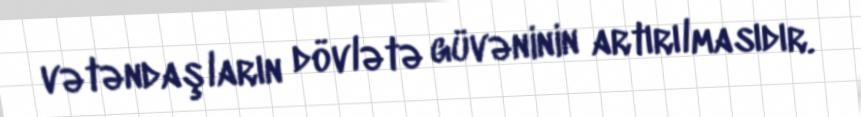
vətəndaşların dövlətə güvəninin artırılmasıdır.